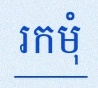
រកមុំ